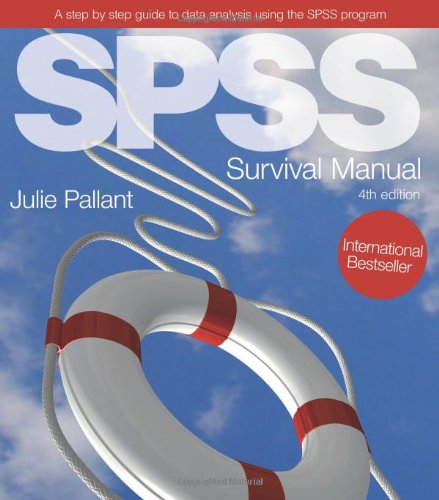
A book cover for SPSS Survival Manual: A step by step guide to data analysis using SPSS, 4th Edition; Julie Pallant; Medical Books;